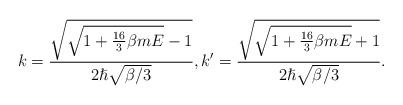
LaTeX: \begin{align*}k=\frac{\sqrt{\sqrt{1+\frac{16}{3}\beta mE}-1}}{2\hslash \sqrt{\beta /3}}, k'=\frac{\sqrt{\sqrt{1+\frac{16}{3}\beta mE}+1}}{2\hslash \sqrt{\beta /3}}.\end{align*}